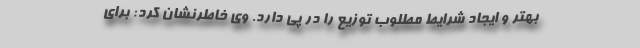
بهتر و ایجاد شرایط مطلوب توزیع را در پی دارد. وی خاطرنشان کرد: برای